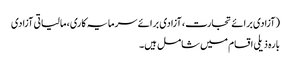
(آزادی برائے تجارت، آزادی برائے سرمایہ کاری، مالیاتی آزادی
بارہ ذیلی اقسام میں شامل ہیں۔